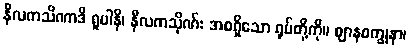
နီလကသိဏာဒိ ရူပါနိ၊ နီလကသိုဏ်း အစရှိသော ရုပ်တို့ကို။ ဈာနစက္ခုနာ၊